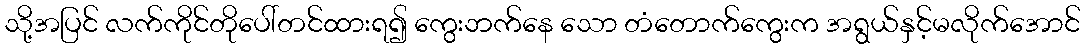
သို့အပြင် လက်ကိုင်တိုပေါ်တင်ထားရ၍ ကွေးဘက်နေ သော တံတောက်ကွေးက အရွယ်နှင့်မလိုက်အောင်